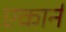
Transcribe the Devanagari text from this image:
एकार्न